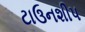
ટાઉનશીપ